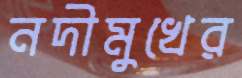
নদীমুখের